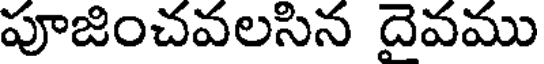
పూజించవలసిన దైవము